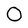
Character: O